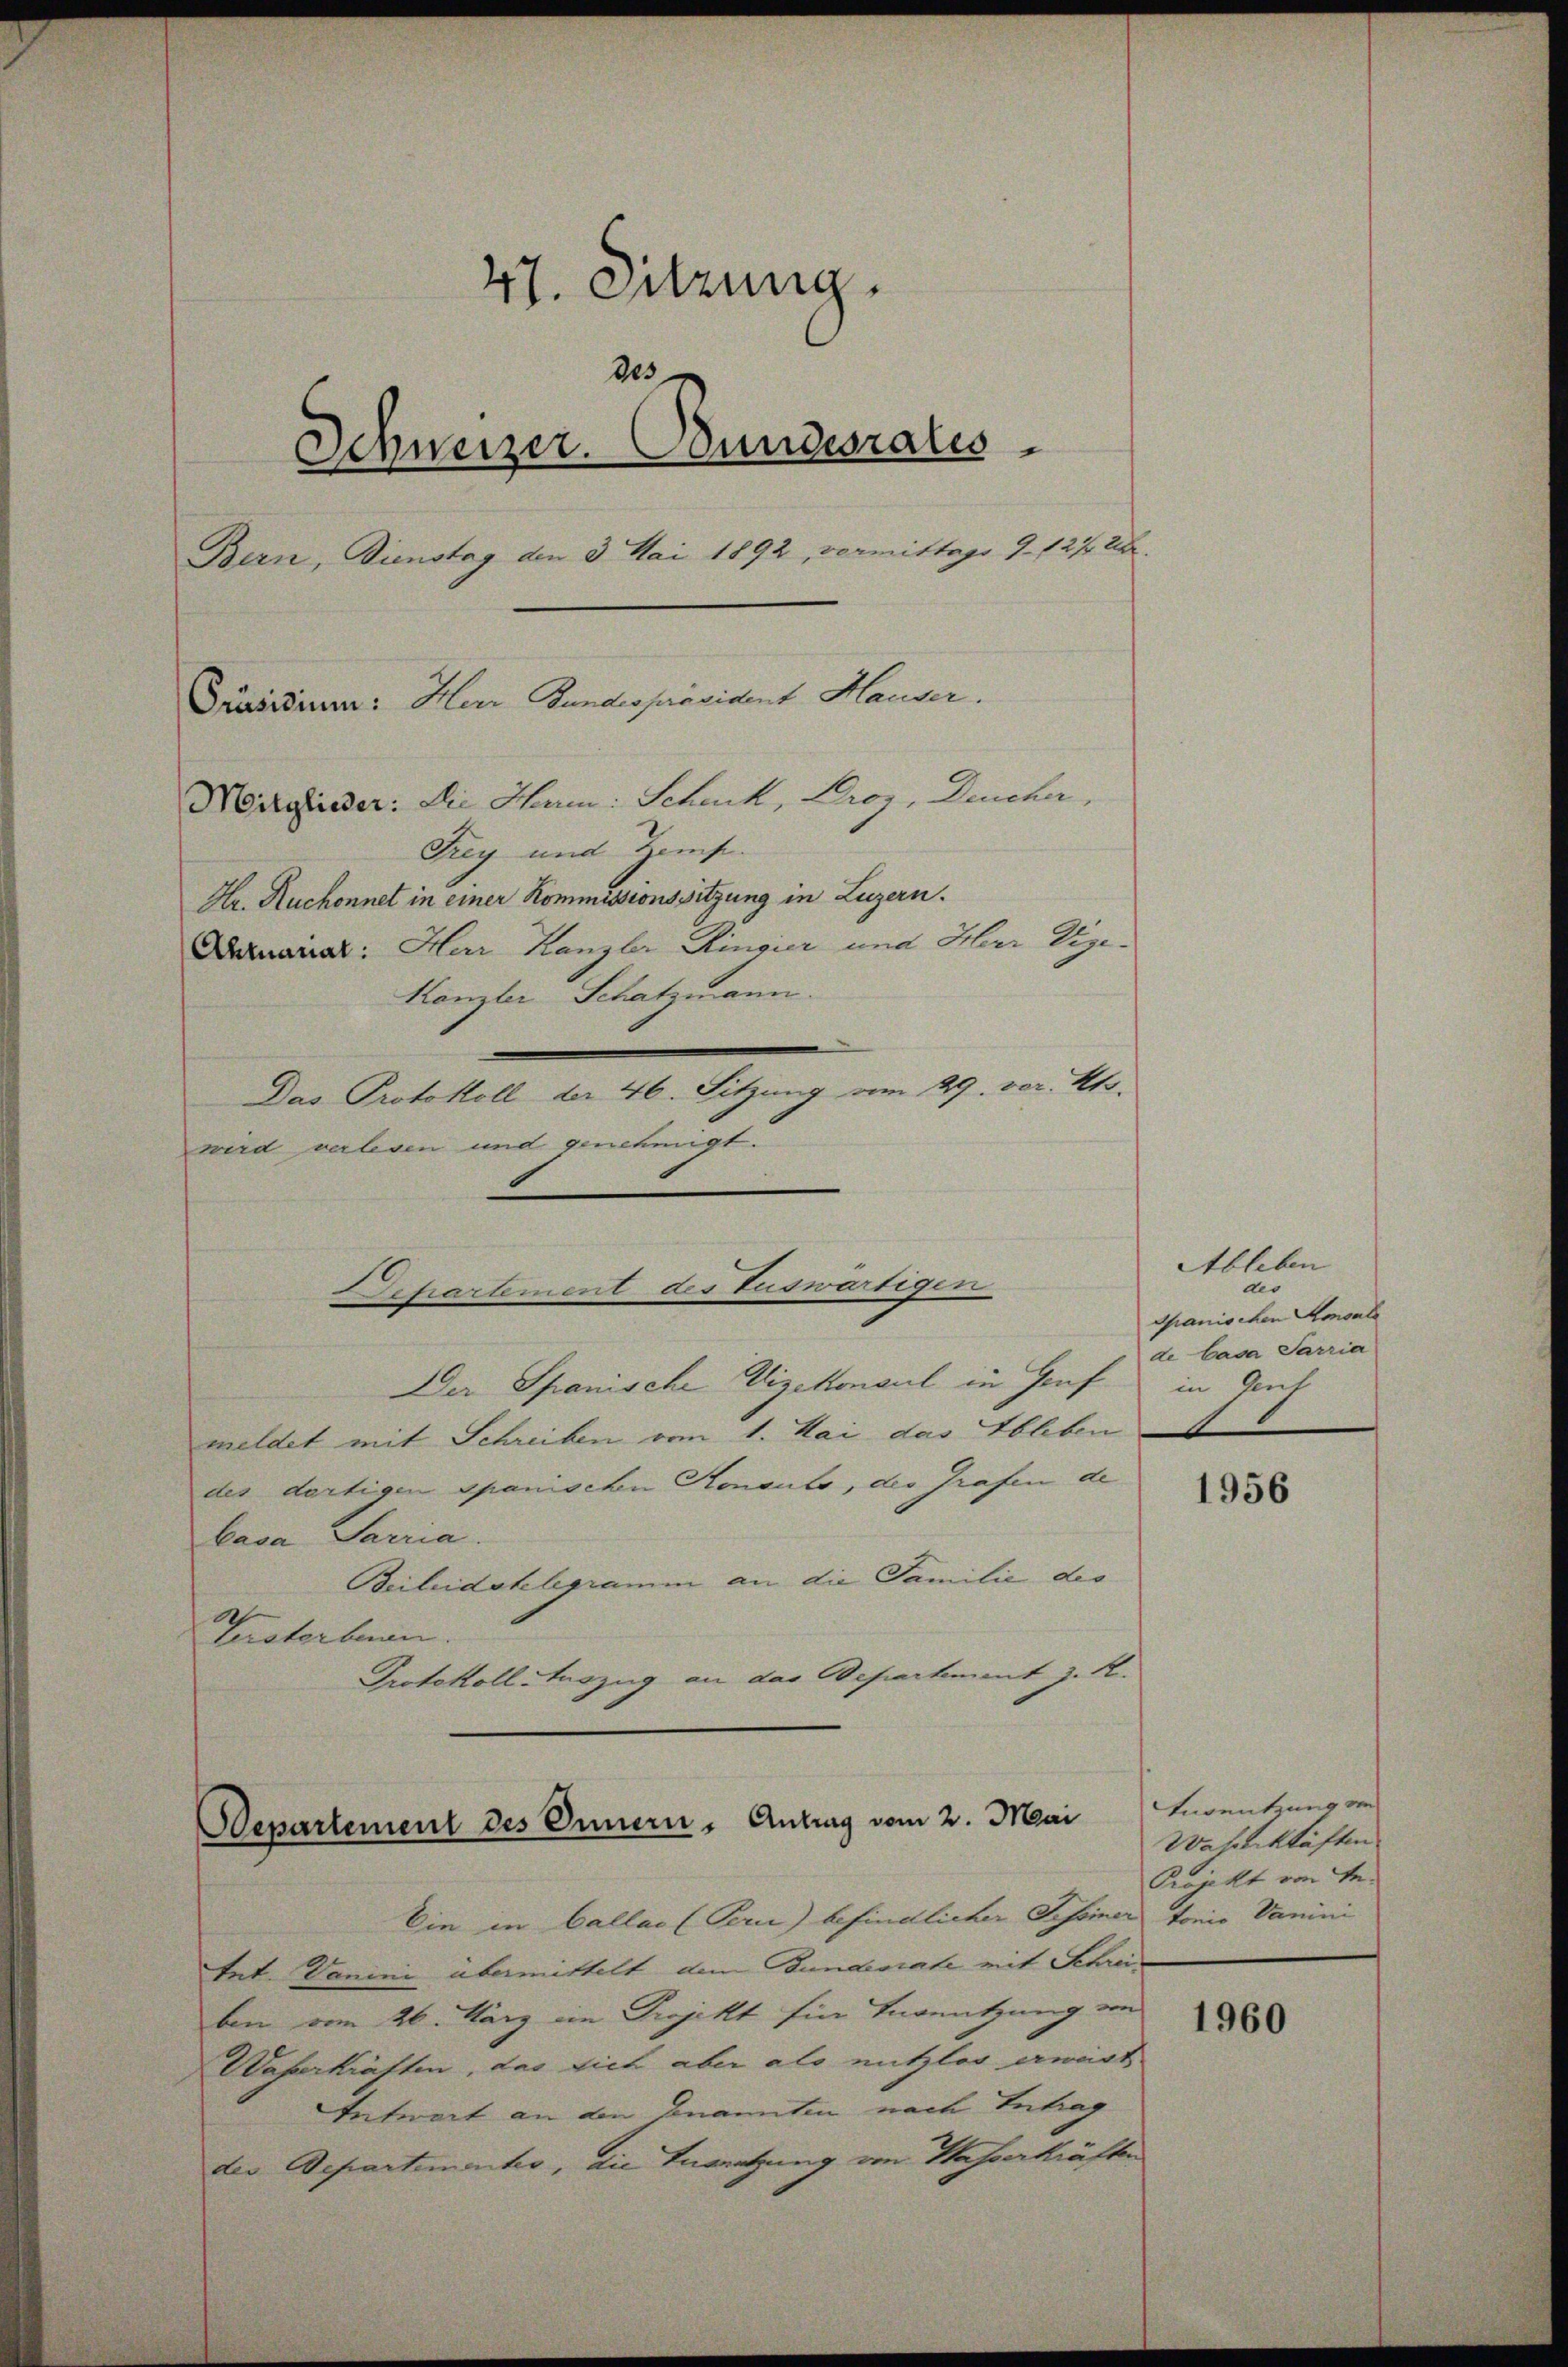
47. Sitzung.
des
Schweizer. Bundesrates
Bern, Dienstag den 3. Mai 1892, vermittags 9. 127 28

Mörglieder: Die Harm: Schenk, Choy, Deucher,
Frey und Zeit.
Hr. Ruchonnet in einer Kommissionssitzung in Luzern.
Ausicat: Herr Kanzler Ringier und Herr Vize¬
Kanzler Schatzmann.
Das Protokoll der 46. Sitzung vom 29. vor. Mts.
wird verlesen und genehmigt
.
Der Spanische Vizekonsul in Genf in Gach
meldet mit Schreiben vom 1. Mai das Ableben
des dortigen Spanischen Konsuls, des Grafen de
basa Sarria.
Beileidstelegramm an die Familie des
A
terstorbenen.
Protokoll Auszug an das Departement z. B.

Präsidium: Herr Bundespräsident Hauser.

Departement des Auswärtigen

Departement des Innern, Antrag vom 2. Mai

Ein in Callas (Pern) befindlicher Tessiner tonia Vanini
tet. Danini übermittelt, dem Bundesrate mit Schreiben vom 26. März im Projekt für Ingeutzung von
Waßerkräften, das sich aber als mitzlos erwirt
Antwort an den Genannten nach Antrag
der Departementes, die Zusatzung von Wasserkräften

Ableben
des
Spanischen Amonle
de Casa Sarria

1956

Vernutzung von
Wahnkräften
Projekt von Ge¬

1960